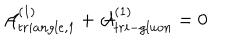
{ \cal A } _ { t r i a n g l e , 1 } ^ { ( 1 ) } + { \cal A } _ { t r i - g l u o n } ^ { ( 1 ) } = 0